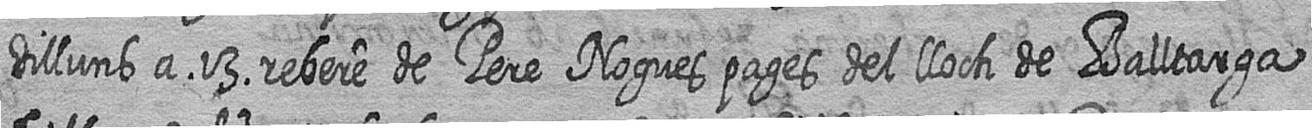
dilluns a 13 rebere de Pere Nogues pages del lloch de Balltarga